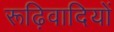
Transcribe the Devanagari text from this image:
रूढ़िवादियों